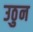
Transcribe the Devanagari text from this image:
उठुन